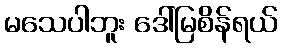
မသေပါဘူး ဒေါ်မြစိန်ရယ်